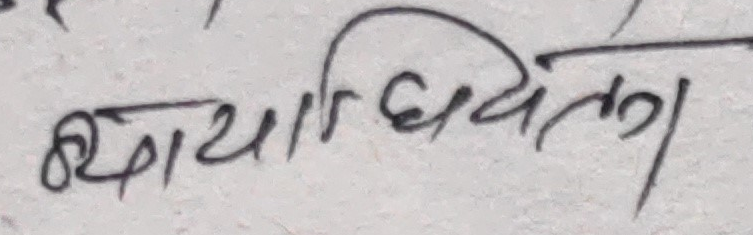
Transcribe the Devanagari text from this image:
क्याचितल